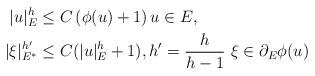
LaTeX: \begin{align*}|u|_{E}^{h} & \leq C\left( \phi(u)+1\right) u\in E,\\|\xi|_{E^{\ast}}^{h^{\prime}} & \leq C(|u|_{E}^{h}+1), h^{\prime}=\frac{h}{h-1}~\xi\in\partial_{E} \phi(u)\end{align*}